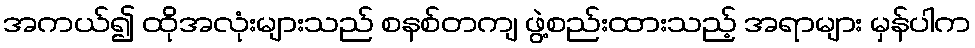
အကယ်၍ ထိုအလုံးများသည် စနစ်တကျ ဖွဲ့စည်းထားသည့် အရာများ မှန်ပါက